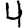
Digit: 4